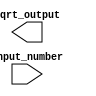
module fixed_point_sqrt (
    input wire [31:0] input_number, // input fixed-point number to be square rooted
    output reg [15:0] sqrt_output // output square root value
);

reg [31:0] input_register; // input register to store input number
reg [15:0] output_register; // output register to store calculated square root value

// Square root calculation block
always @ (posedge clk) begin
    // Compute square root using arithmetic operations
    // Add your calculation logic here
end

// Control logic
always @ (posedge clk) begin
    // Control the flow of data between registers and calculation block
    // Add your control logic here
end

// Error correction mechanism
always @ (posedge clk) begin
    // Adjust output value to ensure accuracy in square root calculation
    // Add your error correction logic here
end

endmodule